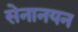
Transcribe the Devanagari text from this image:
सेनानयन